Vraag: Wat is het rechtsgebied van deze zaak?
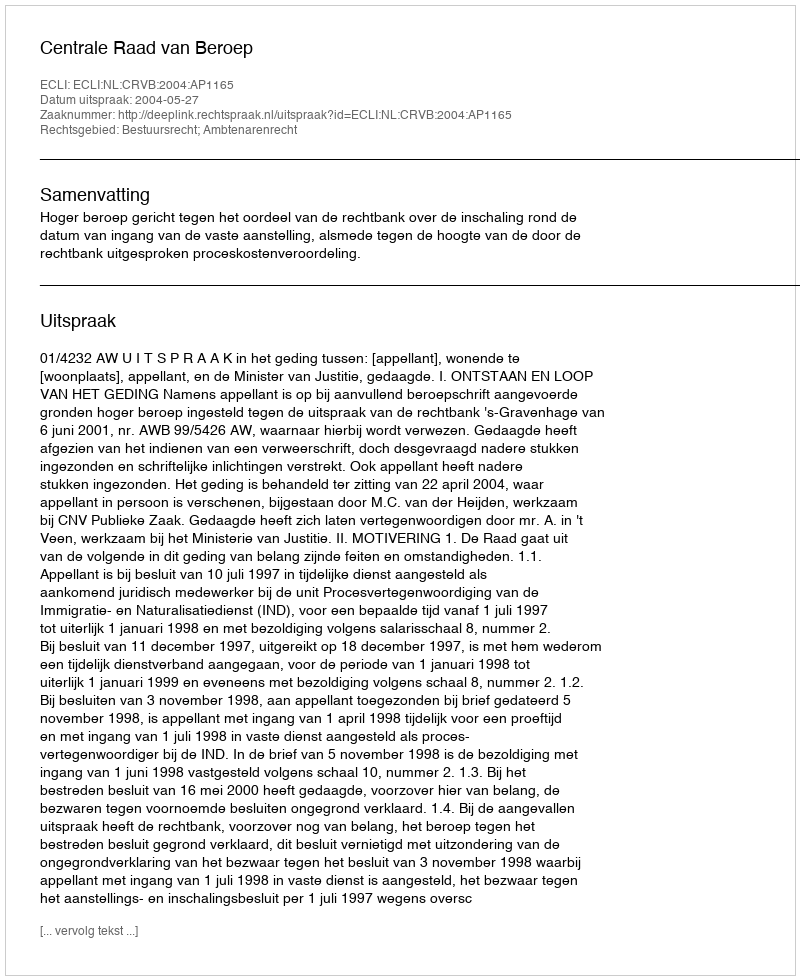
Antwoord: Bestuursrecht; Ambtenarenrecht